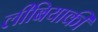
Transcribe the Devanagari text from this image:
लीबियाकी